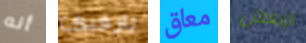
أنه يارفيق معاق المغفل